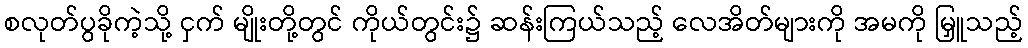
စလုတ်ပွခိုကဲ့သို့ ငှက် မျိုးတို့တွင် ကိုယ်တွင်း၌ ဆန်းကြယ်သည့် လေအိတ်များကို အမကို မြှူသည့်